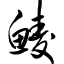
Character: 鲮